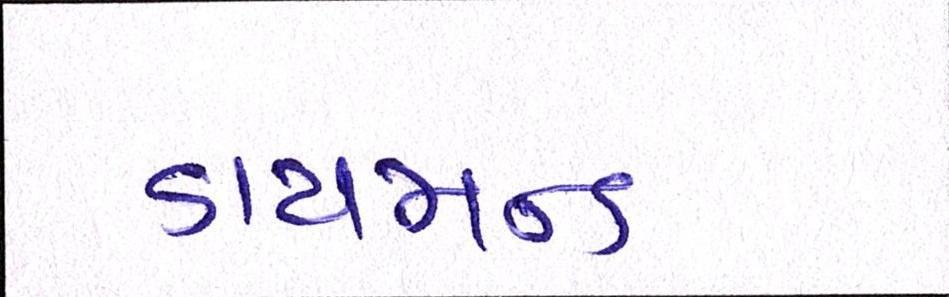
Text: ડાયમન્ડ